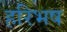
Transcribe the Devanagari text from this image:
हरिभष